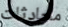
محادثات